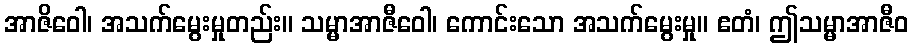
အာဇိဝေါ၊ အသက်မွေးမှုတည်း။ သမ္မာအာဇီဝေါ၊ ကောင်းသော အသက်မွေးမှု။ ဧတံ၊ ဤသမ္မာအာဇီဝ